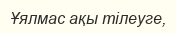
Ұялмас ақы тілеуге,